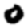
Digit: 0